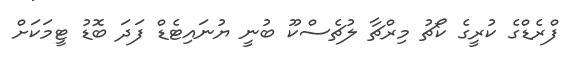
ފްރެޑްގެ ކުރީގެ ކޯޗު މިރްޗާ ލުޗެސްކޫ ބުނީ ޔުނައިޓެޑް ފަދަ ބޮޑު ޓީމަކަށް